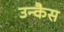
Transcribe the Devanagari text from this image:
उन्कैस